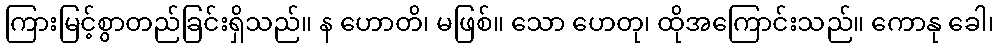
ကြားမြင့်စွာတည်ခြင်းရှိသည်။ န ဟောတိ၊ မဖြစ်။ သော ဟေတု၊ ထိုအကြောင်းသည်။ ကောနု ခေါ၊